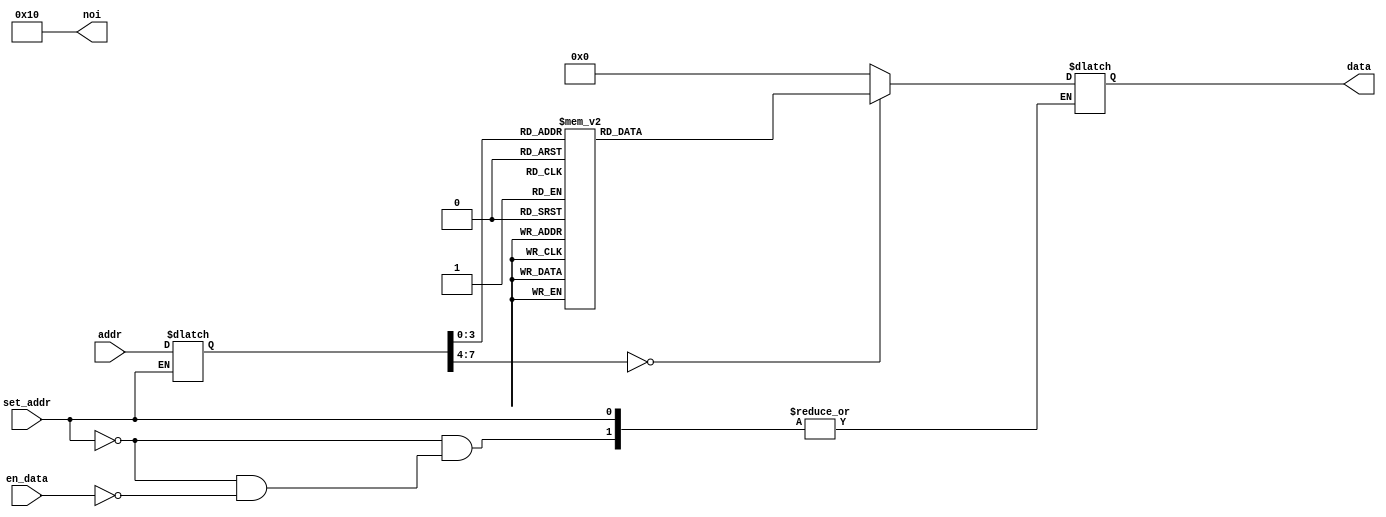
// This program was cloned from: https://github.com/FPGADude/Digital-Design
// License: GNU General Public License v3.0

`timescale 1ns / 1ps
module sum5_rom(
    input [7:0] addr,
    input set_addr,
    input en_data,
    output reg [7:0] noi = 8'd16,
    output reg [7:0] data = 8'b0
);

    reg [7:0] addr_reg = 8'b0;

    always @(*) begin
        if(set_addr)
            addr_reg <= addr;
        else if(en_data)
            case(addr_reg)
                8'd0: data = 8'b00100000;
                8'd1: data = 8'b00000000;
                8'd2: data = 8'b00100001;
                8'd3: data = 8'b00000101;
                8'd4: data = 8'b00100010;
                8'd5: data = 8'b11111111;
                8'd6: data = 8'b10000100;
                8'd7: data = 8'b10001001;
                8'd8: data = 8'b01010001;
                8'd9: data = 8'b00001100;
                8'd10: data = 8'b01000000;
                8'd11: data = 8'b00000110;
                8'd12: data = 8'b01111000;
                8'd13: data = 8'b01000000;
                8'd14: data = 8'b00001101;
                8'd15: data = 8'b00000000;
                default: data = 8'b0;
            endcase
    end

endmodule